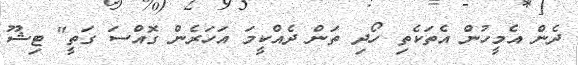
ދެން އެމީހުން އެތަކެތި ހޯދި ތަން ދެއްކީމަ އަހަރެން ގޮއްސަ ގަތީ" ޓިޝޫ